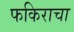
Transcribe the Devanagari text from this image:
फकिराचा